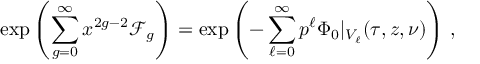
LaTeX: \exp \left( \sum _ { g = 0 } ^ { \infty } x ^ { 2 g - 2 } \mathcal { F } _ { g } \right) = \exp \left( - \sum _ { \ell = 0 } ^ { \infty } p ^ { \ell } \Phi _ { 0 } \vert _ { V _ { \ell } } ( \tau , z , \nu ) \right) \, ,